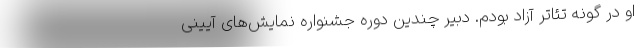
او در گونه تئاتر آزاد بودم. دبیر چندین دوره جشنواره نمایش‌های آیینی